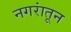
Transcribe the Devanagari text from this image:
नगरांतून